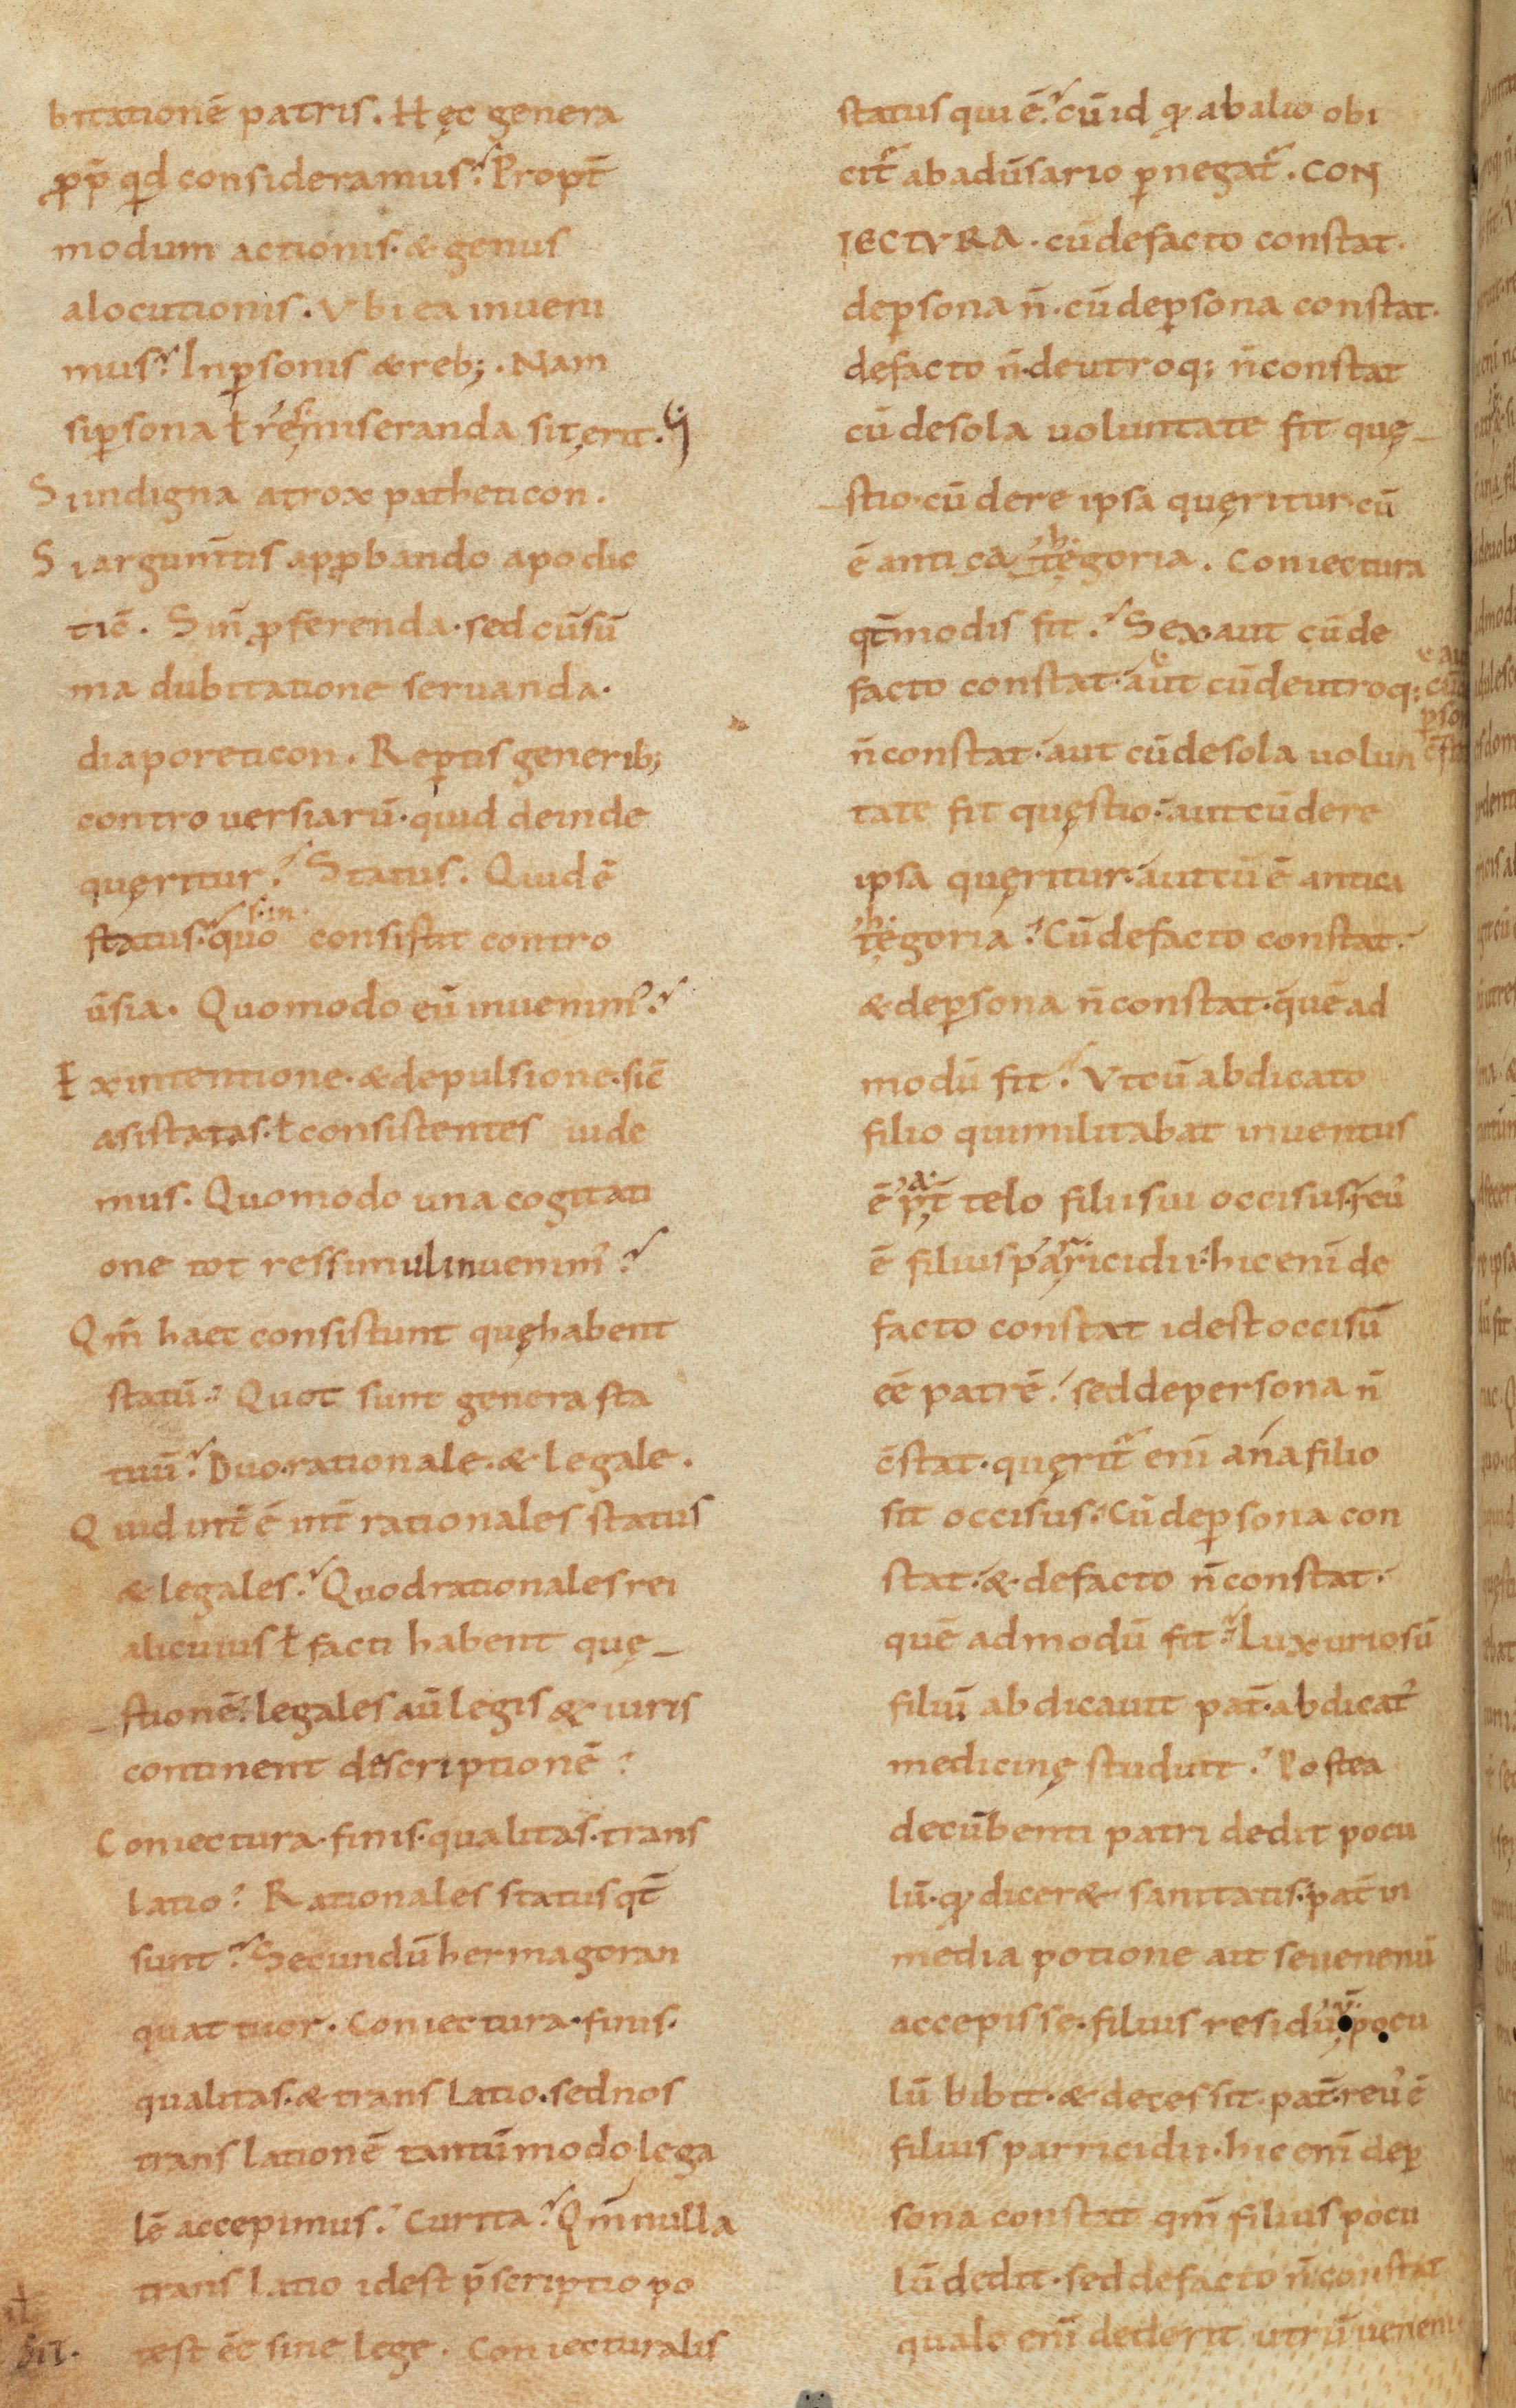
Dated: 900–999